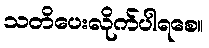
သတိပေးလိုက်ပါရစေ။